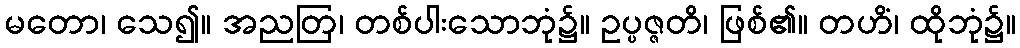
မတော၊ သေ၍။ အညတြ၊ တစ်ပါးသောဘုံ၌။ ဥပ္ပဇ္ဇတိ၊ ဖြစ်၏။ တဟိံ၊ ထိုဘုံ၌။